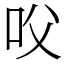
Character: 㕮